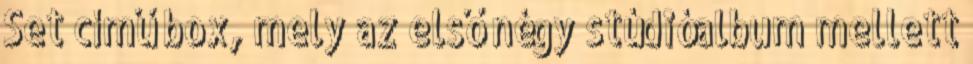
Set című box, mely az első négy stúdióalbum mellett